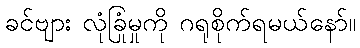
ခင်ဗျား လုံခြုံမှုကို ဂရုစိုက်ရမယ်နော်။